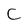
Character: C